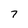
Character: 7